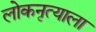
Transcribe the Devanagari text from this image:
लोकनृत्याला